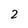
Character: 2